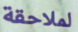
لملاحقة